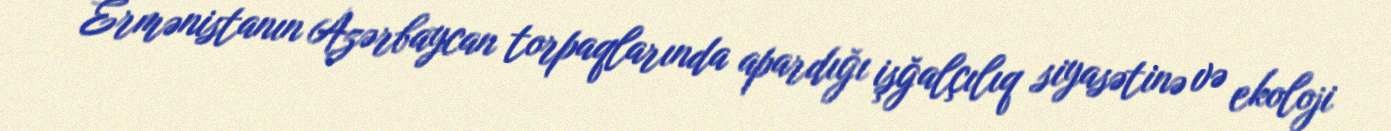
Ermənistanın Azərbaycan torpaqlarında apardığı işğalçılıq siyasətinə və ekoloji